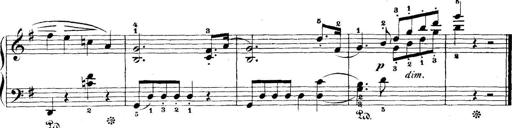
Title: 5 Sonatinas
Composer: Theodor Kirchner